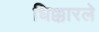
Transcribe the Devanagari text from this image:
धिक्कारले